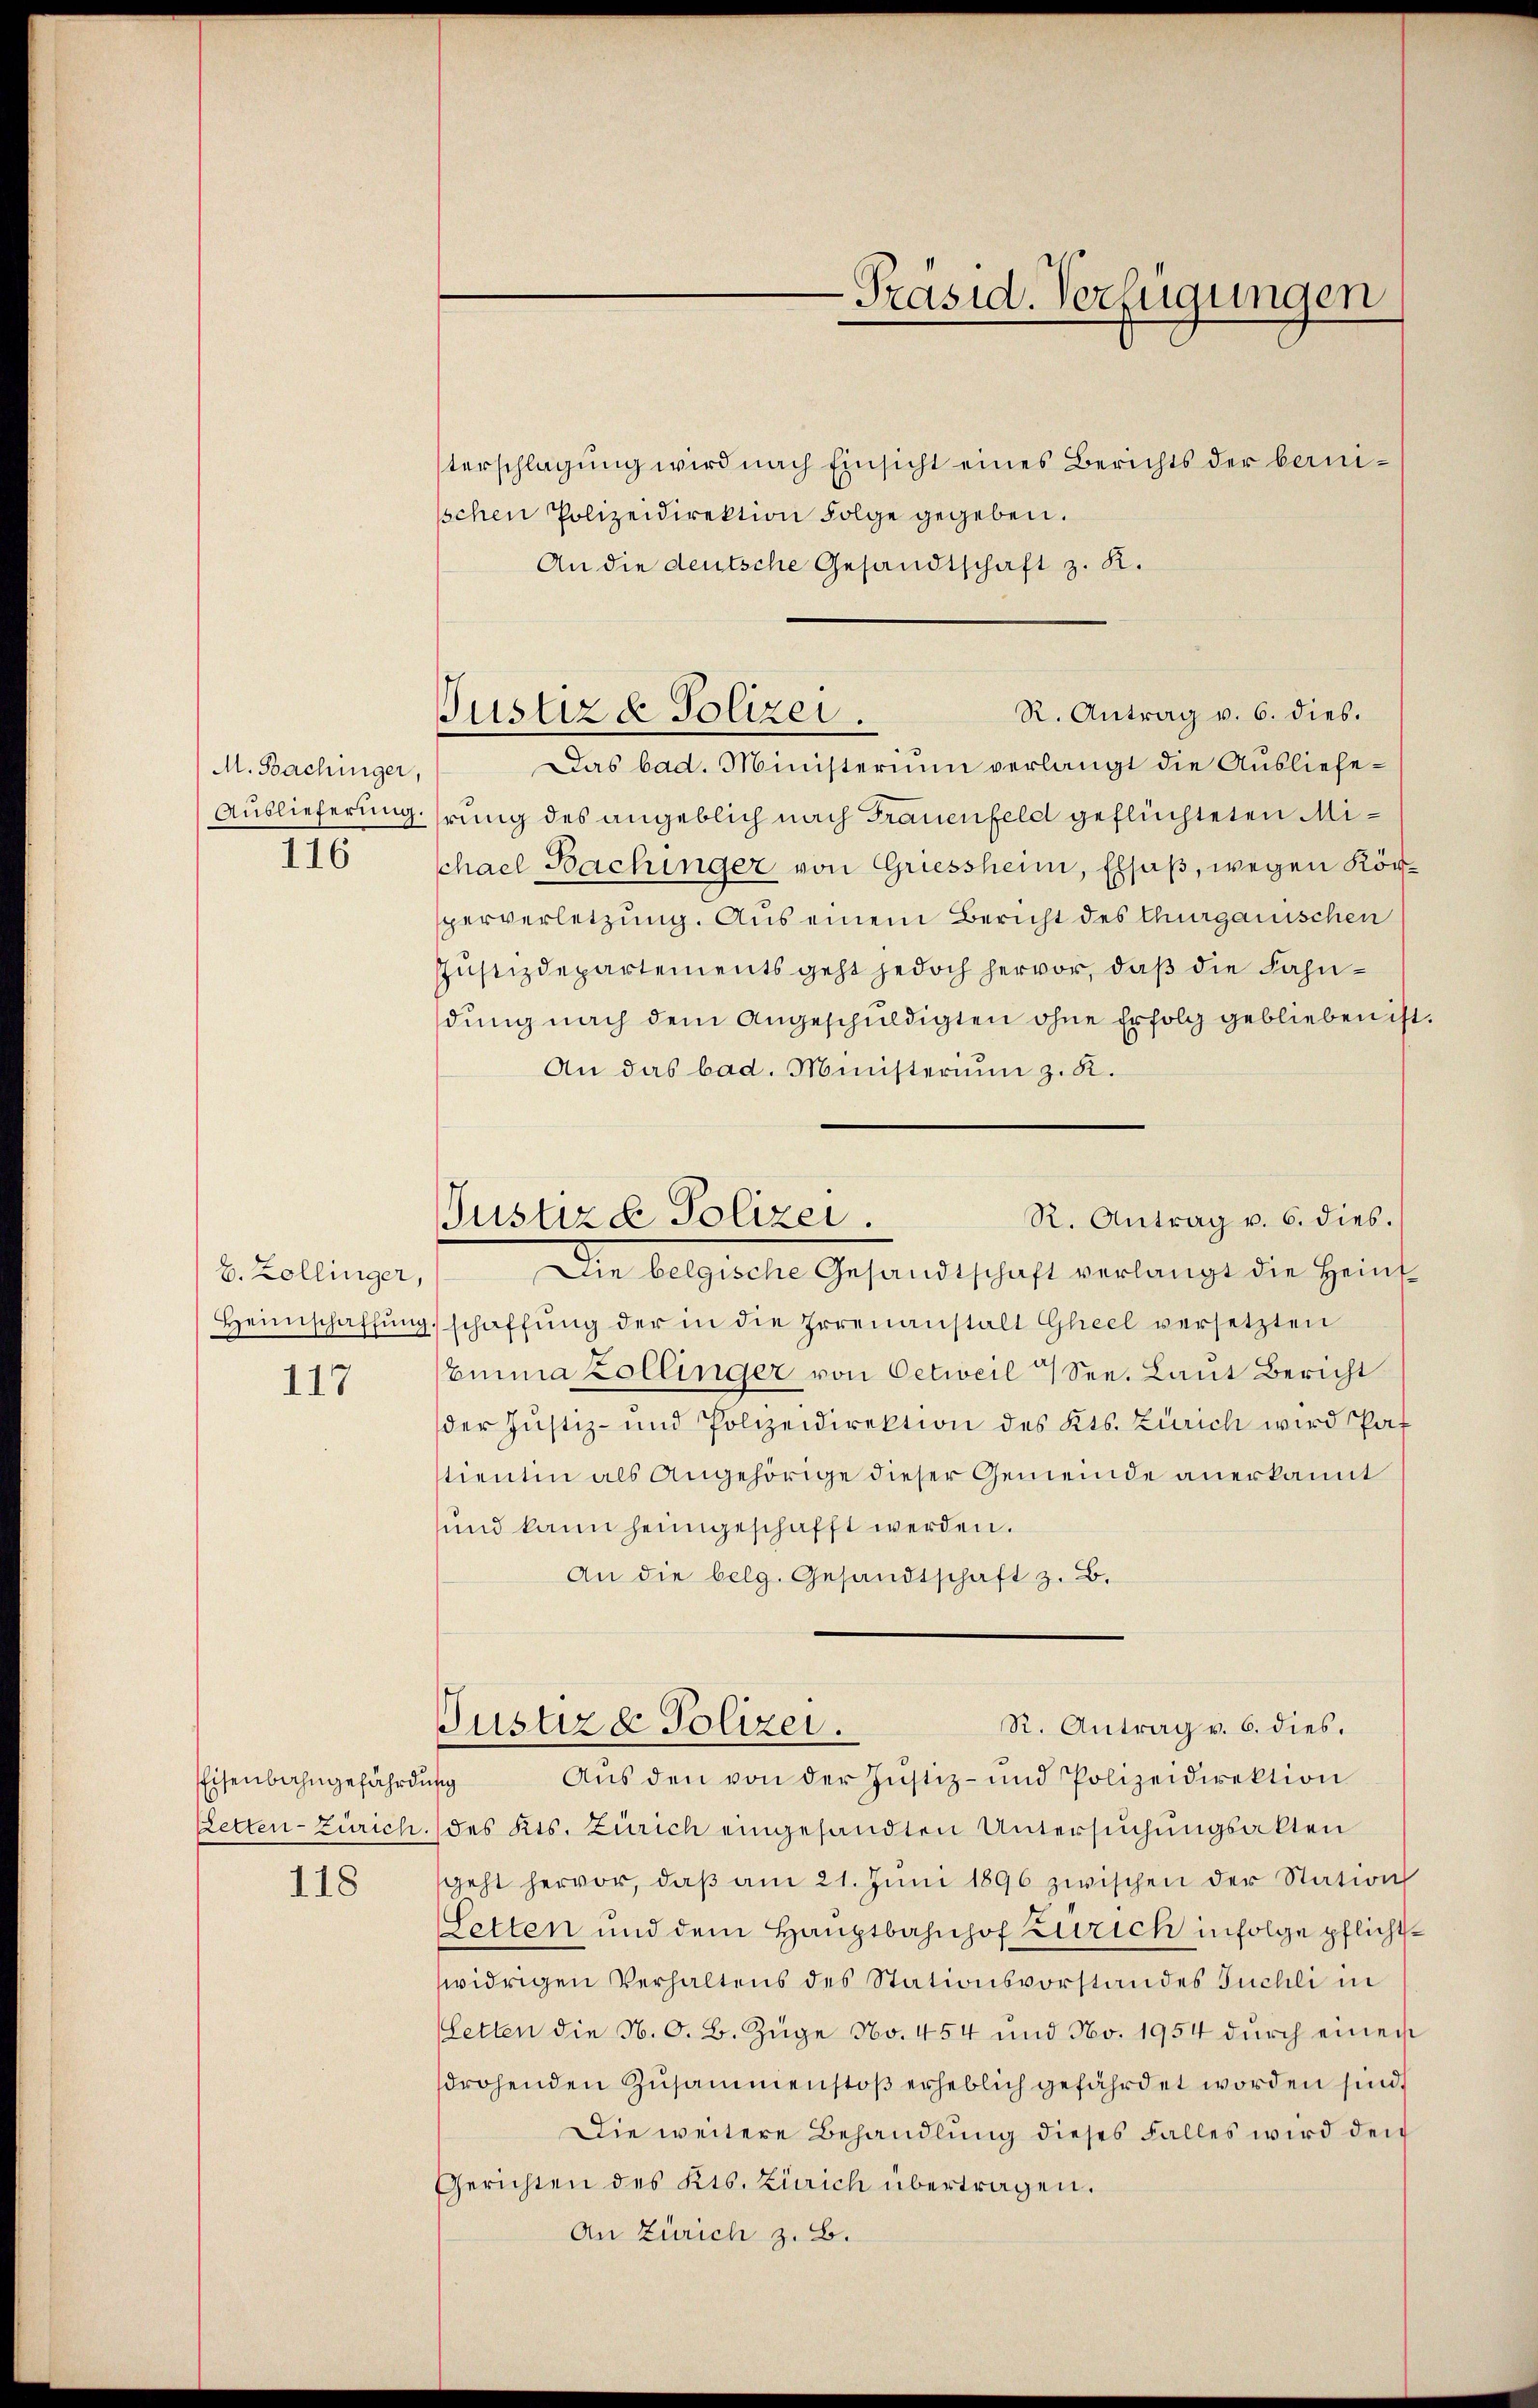
M. Bachinger,
Auslieferung
116

E. Zollinger,
Heimschaffung
117

Eisenbahngefährdung

118

Justiz & Polizei.

-Präsid. Verfügungen

terschlagung wird nach Einsicht eines Berichts der bernischen Polizeidirektion Folge gegeben.
An die deutsche Gesandtschaft z. K.
R. Antrag v. 6. dies.
Das bad. Ministerium verlangt die Ausliefehrung des angeblich nach Frauenfeld geflüchteten Michael Bachinger von Griessheim, Elsaß, wegen Körperverletzung. Aus einem Bericht des Thurgauischen
Justizdepartements geht jedoch hervor, daß die Fahndung nach dem Angeschuldigten ohne Erfolg geblieben ist
An das bad. Ministerium z. K.
R. Antrag v. 6. dies.
Justizd Polizei.
Die belgische Gesandtschaft verlangt die Heint
schaffung der in die Irrenanstalt Gleel versetzten
Emma Zollinger von Oetweil 7 See. Laut Bericht
der Justiz- und Polizeidirektion des Kts. Zürich wird Pof
tientin als Angehörige dieser Gemeinde anerkannt
und kann heimgeschafft werden.
An die belg. Gesandtschaft z. B.

R. Antrag v. 6. dies.
Justiz & Polizei.

Aus den von der Justiz- und Polizeidirektion
Zetten-Zürich. des Kts. Zürich eingesandten Untersuchungsakten
geht hervor, daβ am 21. Jŭni 1896 zwischen der Station
Setten und dem Hauptbahnhof Zürich infolge pflichtwidrigen Verhaltens des Stationsvorstandes Tuchli in
letten die N. O. B. Züge No. 454 und No. 1954 dŭrch einen
drohenden Zusammenstoß erheblich gefährdet worden sind,
Die weitere Behandlung dieses Falles wird den
Gerichten des Kts. Zürich übertragen.
An Zürich z. B.